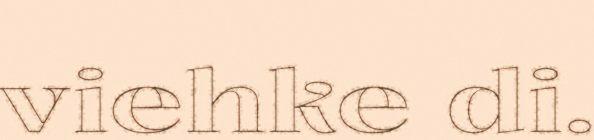
viehke di.